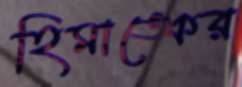
হিমাঙ্কের